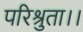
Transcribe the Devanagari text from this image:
परिश्रुता।।